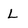
Character: L